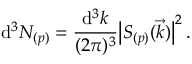
\mathrm { d } ^ { 3 } N _ { ( p ) } = \frac { \mathrm { d } ^ { 3 } k } { ( 2 \pi ) ^ { 3 } } \bigl | { \cal S } _ { ( p ) } ( \vec { k } ) \bigr | ^ { 2 } \, .